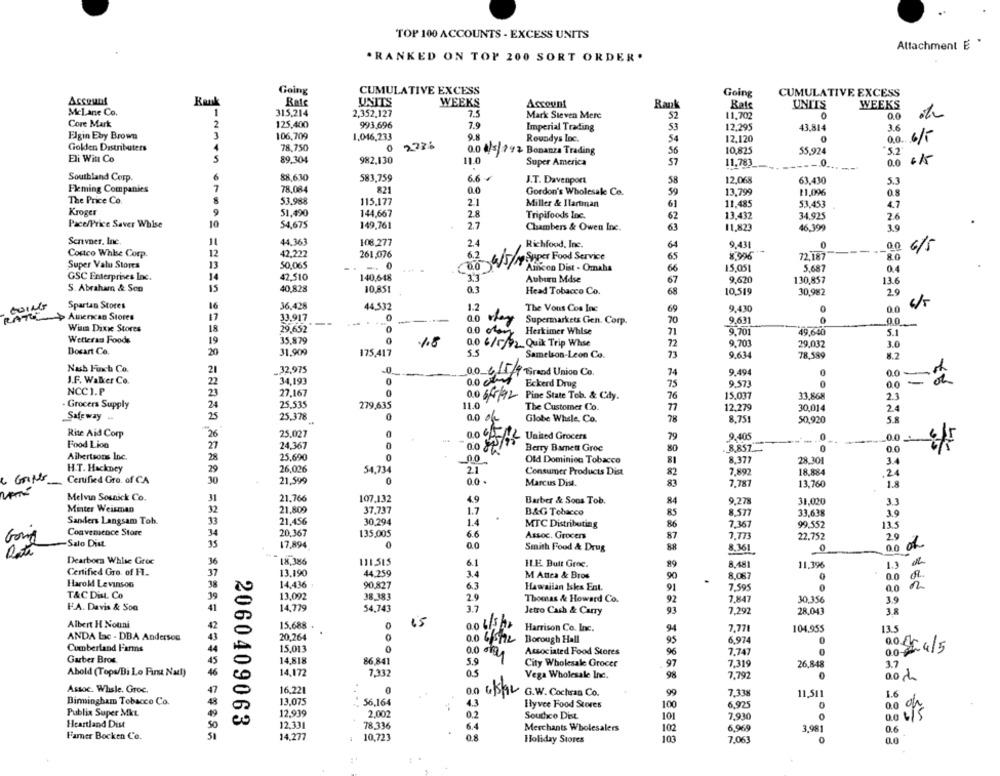
TOP 100 ACCOUNTS - EXCESS UNITS
Attachment E *
. RANKED ON TOP 200 SORT ORDER.
Going
CUMULATIVE EXCESS
Going
CUMULATIVE EXCESS
Account
Kank
UNITS
WEEKS
Rate
Account
Rank
UNI'TS
WEEKS
Mcl ane Co.
1
315,214
2,352,127
7.5
Mark Steven Mere
52
11.702
00
Core Mark
2
125,400
993,696
7.9
Imperial Trading
53
12,295
43,814
3.6
Elgin Eby Brown
106,709
1,046,233
9.8
Roundys Inc.
54
12.120
0.0 6/5
6/5
Golden Distributers
4
78.750
0
2234
o.0 a/s/ 792 Bonanza Trading
56
10,825
55.924
5.2
Eli Witt Co
S
89.304
982,130
11.0
Super America
57
11,783
0
0.0
Southland Corp.
6
$8,630
583,759
12,068
J.T. Davenport
58
63.430
5.3
Fleming Companies
7
78.084
82
0.0
Gordon's Wholesale Co.
59
13,799
$1,096
0.8
The Price Co.
53,988
115,177
21
Miller & Ilartman
11.485
4.7
61
53,453
Kroger
9
51,490
144,667
28
Tripifoods Inc.
62
13.432
34,925
2.4
Pace/Price Saver Whise
10
54,675
149,761
2.7
Chambers & Owen Inc.
63
11,823
46,399
3.9
Senvner, Inc.
44.361
108,277
2.4
Richfood, Inc.
64
9.431
00
Costco Whbe Corp.
12
42,222
261,076
6.2
65
72.187
80
6/5
Super Valu Stores
50,065
4/5/19 Super Food Service
13
Aincon Dist - Omaha
66
15,05
5,687
0.4
GSC Enterprises Inc.
14
42.510
140,648
3.3
Auburn Mdse
9.620
130,857
13.6
S. Abraham & Son
40,828
67
15
10,851
0.3
Head Tobacco Co.
68
10.519
30.982
2.5
GOING
Spartan Stores
16
36.428
44.532
1.2
The Vous Cos Inc
69
9.430
0.0
RATU
American Stores
17
33.917
--
0.0
9.631
0
-...
0
Supermarkets Gen. Corp.
70
00
Winn Dixie Stores
18
29.652
0.0
Herkimer Whise
9.701
49,640
5.1
Welleran Foods
19
35,879
9.701
18
0.0 6/5/12 Quik Trip Whse
72
29,032
3.0
Dosart Co.
20
31.90€
175,417
5.5
Samelson-Leon Co.
73
9.634
78,589
8.2
Nash Finch Co.
21
.. 32,975
00 4/5/9-Grand Union Co.
9.494
0.0
J.F. Walker Co.
34,193
0
0.0 CM
74
Eckerd Drug
75
9,573
0
NCC1.P
27.167
0
0.0 6/5/92
Pine State Tob. & Cdy.
76
15,037
33.868
2.3
25,535
11.0
- Grocers Supply
279,635
The Customer Co.
77
12,279
30,014
2.4
Safeway ..
25
25.378
0
Globe Whale, Co.
78
8.751
50.920
5.8
Rite Aid Corp
26
25.027
United Grocers
79
9.405
_0.0
Food Lion
24,367
0.0
S
Berry Bamett Groe
80
._ 8,857
00
Albertsons Inc.
28
25,690
0
00
Old Dominion Tobacco
8.377
81
28.301
3.4
H.T. Hackney
29
26,026
54,734
2.1
Consumer Products Dist
82
7,892
18.884
24
Certified Gro. of CA
30
21.590
0
00.
Marcus Dist.
83
7.787
13,760
1.8
Melvin Sounick Co.
21.766
31
107.132
4.9
Barber & Soos Tob.
84
9.278
31.020
3.3
Minter Weisman
32
21.809
37.737
1.7
B&G Tobacco
85
8.577
33,638
3.9
Sanders Langsam Toh.
33
21,456
30,294
1.4
MTC Distributing
86
7.367
99.552
13.5
Convenience Store
34
20,367
135,005
6.6
Assoc. Grocers
87
7.773
22.752
2.9
Gom
-Salo Dist.
35
00
17,894
0
Smith Food & Drug
8,361
0
ão of
Dearbora Whise Groc
36
18.386
111,515
6.1
ILE Butt Groc.
8.481
11.396
1.3 d
Certified Gro. of FL ..
37
13,190
44,259
3.4
M Antes & Bros
8.087
90
0
.0 OR.
Harold Levinson
14.436
90,827
6.3
Hawaiian Iska Ent.
91
7.595
0
0.0
T&CDist. Co
13,092
38.383
29
7.847
F.A. Davis & Soa
Thomas & Howard Co.
92
30,356
3.9
14,779
54.743
3.7
Jetro Cash & Carry
93
7.292
28,043
3.8
Albert H Nouni
15.688
0
15
Harrison Co. Inc.
7,771
104.955
135
ANDA lac - DBA Andersos
20,264
.
0.0 6/5/2
Borough Hall
95
6,974
Cumberland Farms
15,013
Associated Food Stores
96
7.747
0
001-4/5
Garber Bros.
14,818
0.0 g
86,841
5.9
City Wholesale Grocer
97
7.319
26,848
3.7
Abold (Tops/Di Lo First Nadl)
14,172
7,332
0.5
Vega Wholesale Inc.
98
7.792
aoch
Assoc. Whsle. Groc.
16.221
. .
99
7.338
G.W. Cochran Co.
11,511
1.6
Birmingham Tobacco Co.
13,075
56,164
4.3
Hlyvee Food Stores
100
6.925
0
Publix Super Mkt.
12.939
2,002
0.2
101
0
2060409063
Soudico Dist
7,930
Heartland Dist
12,331
78.336
6.4
Merchants Wholesalers
102
6,969
3,981
0.6
Famer Bocken Co.
14.277
10,723
0.8
103
Holiday Stores
7.063
0
0,0